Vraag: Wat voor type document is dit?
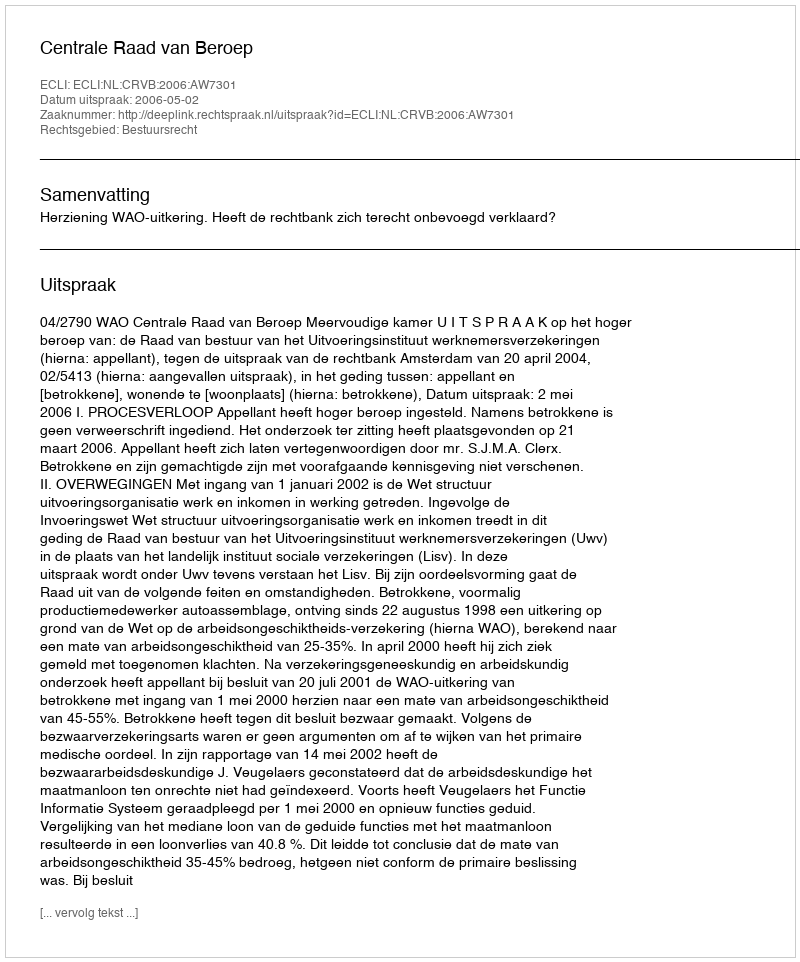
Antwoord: Uitspraak